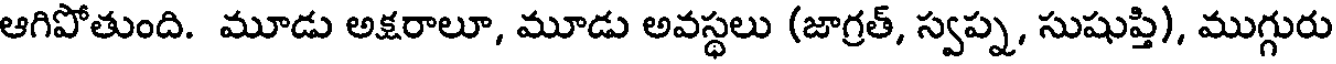
ఆగిపోతుంది. మూడు అక్షరాలూ, మూడు అవస్థలు (జాగ్రత్, స్వప్న, సుషుప్తి), ముగ్గురు